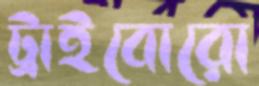
ট্রাইবোরো